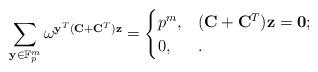
LaTeX: \begin{align*}\sum_{\mathbf{y}\in \mathbb{F}_{p}^{m}} \omega^{\mathbf{y}^{T} (\mathbf{C}+ \mathbf{C}^{T}) \mathbf{z}} =\begin{cases}p^m,& (\mathbf{C}+\mathbf{C}^{T})\mathbf{z}=\mathbf{0};\\0,& .\end{cases}\end{align*}